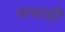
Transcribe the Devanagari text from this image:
पायाही